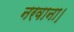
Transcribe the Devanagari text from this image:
नरवाना।